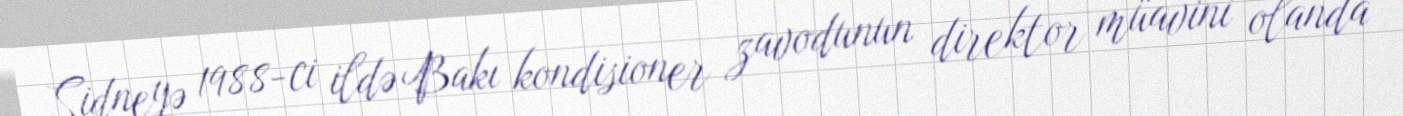
Sidneyə 1988-ci ildə Bakı kondisioner zavodunun direktor müavini olanda